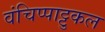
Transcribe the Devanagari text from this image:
वंचिप्पाट्टुकल